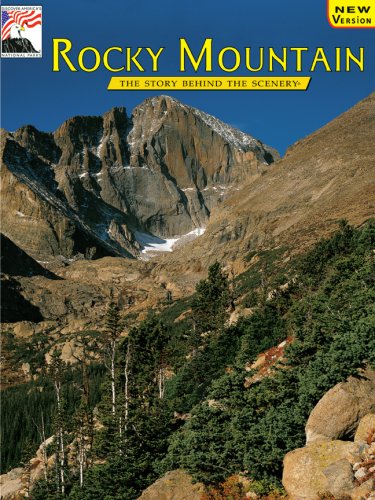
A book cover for Rocky Mountain: The Story Behind the Scenery; Michael T. Smithson; Travel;